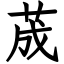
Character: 荿